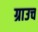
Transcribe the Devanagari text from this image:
ग्राउच